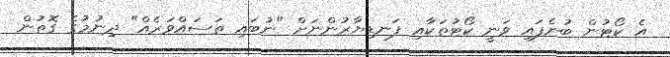
އެ ކޯޓުން ބުނެފައި ވަނީ ކޯޓުތަކާއި ފަނޑިޔާރުންނަށް "ނުބައި ތަސައްވަރެއް" ދިނުމުގެ ގޮތުން